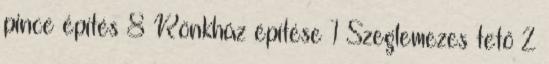
pince építés 8 Rönkház építése 1 Szeglemezes tető 2